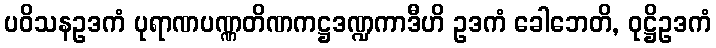
ပဝိသနဥဒကံ ပုရာဏပဏ္ဏတိဏကဋ္ဌဒဏ္ဍကာဒီဟိ ဥဒကံ ခေါဘေတိ, ဝုဋ္ဌိဥဒကံ